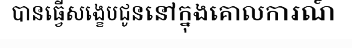
បានធ្វើសង្ខេបជូននៅក្នុងគោលការណ៍